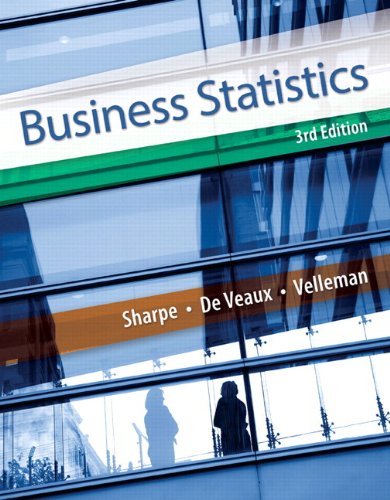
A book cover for Business Statistics Plus NEW MyStatLab with Pearson eText -- Access Card Package (3rd Edition); Norean D. Sharpe; Business & Money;